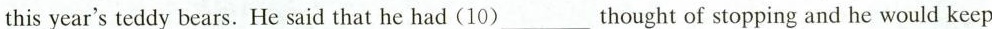
_this year's teddy bears.He said that he had (10)___thought of stopping and he would keep